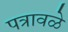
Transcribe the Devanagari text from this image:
पत्रावळे